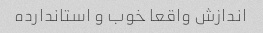
اندازش واقعا خوب و استاندارده